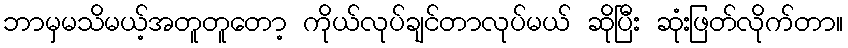
ဘာမှမသိမယ့်အတူတူတော့ ကိုယ်လုပ်ချင်တာလုပ်မယ် ဆိုပြီး ဆုံးဖြတ်လိုက်တာ။